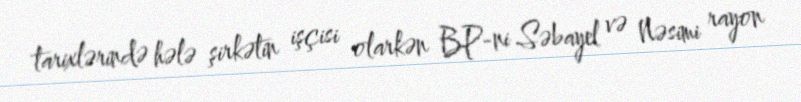
tarixlərində hələ şirkətin işçisi olarkən BP-ni Səbayel və Nəsimi rayon